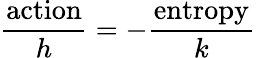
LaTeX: {\frac{\mathrm{action}}{h}}=-{\frac{\mathrm{entropy}}{k}}